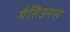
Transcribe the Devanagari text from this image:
मैसिउनस